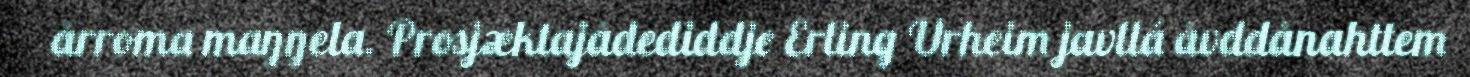
årroma maŋŋela. Prosjæktajådediddje Erling Urheim javllá åvddånahttem